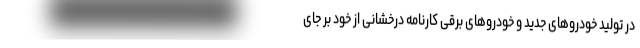
در تولید خودروهای جدید و خودروهای برقی کارنامه درخشانی از خود بر جای